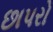
છાપરો